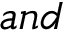
a n d